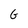
Character: G